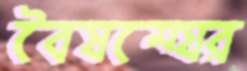
বৈষম্যের